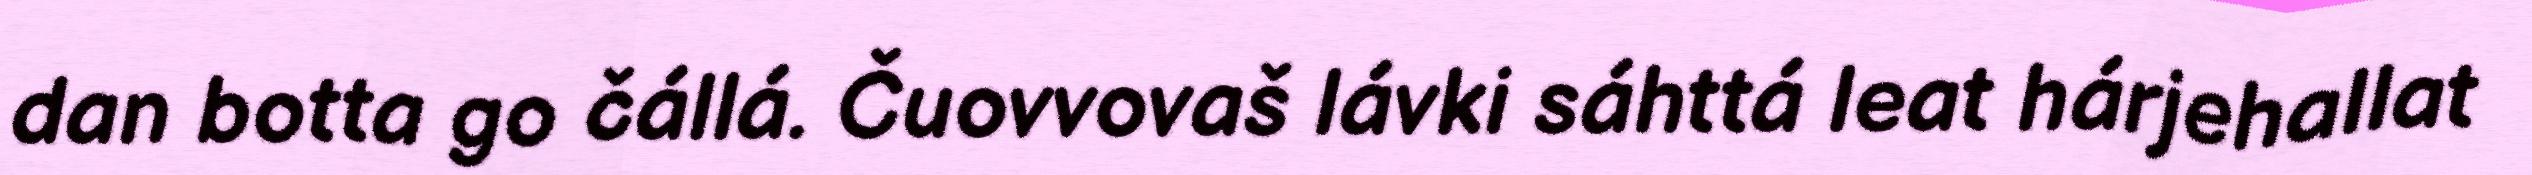
dan botta go čállá. Čuovvovaš lávki sáhttá leat hárjehallat